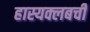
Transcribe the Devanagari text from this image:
हास्यक्लबची